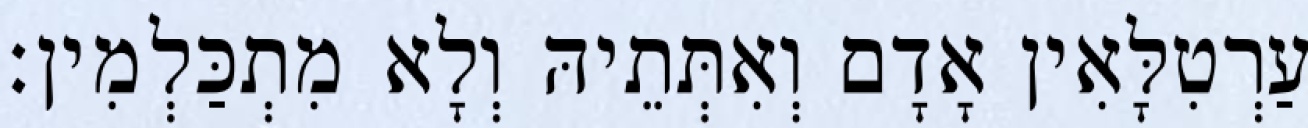
עַרְטִלָּאִין אָדָם וְאִתְּתֵיהּ וְלָא מִתְכַּלְמִין׃